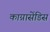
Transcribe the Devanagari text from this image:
काग्नासेंडिस